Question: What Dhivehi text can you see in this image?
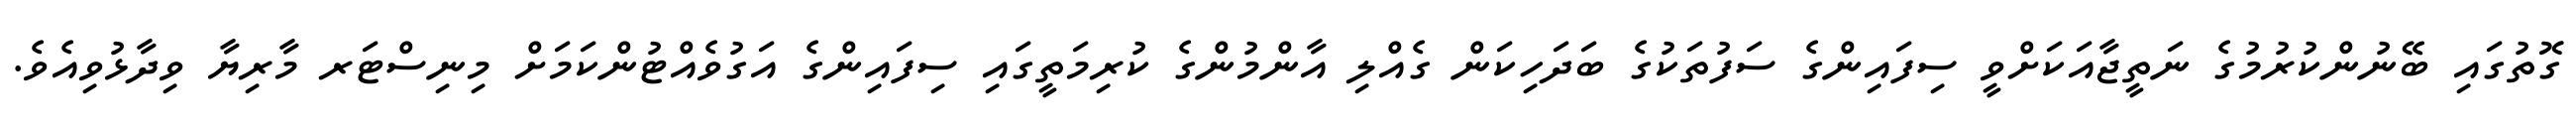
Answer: ގޮތުގައި ބޭނުންކުރުމުގެ ނަތީޖާއަކަށްވީ ސިފައިންގެ ސަފުތަކުގެ ބަދަހިކަން ގެއްލި އާންމުންގެ ކުރިމަތީގައި ސިފައިންގެ އަގުވެއްޓުންކަމަށް މިނިސްޓަރ މާރިޔާ ވިދާޅުވިއެވެ.